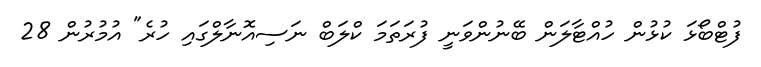
ފުޓްބޯޅަ ކުޅުން ހުއްޓާލަން ބޭނުންވަނީ ފުރަތަމަ ކްލަބް ނަސިއޮނާލްގައި ހުރެ" އުމުރުން 28